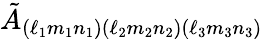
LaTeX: \tilde{A}_{(\ell_{1}m_{1}n_{1})(\ell_{2}m_{2}n_{2})(\ell_{3}m_{3}n_{3})}